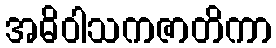
အဓိဝါသကဇာတိကာ